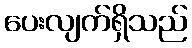
ပေးလျက်ရှိသည်